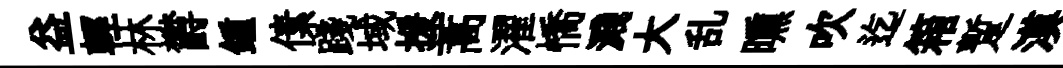
益輕林欝鍾傃踐域援蒿濯憍濺大乱曛吹迄箱蹔漠